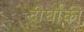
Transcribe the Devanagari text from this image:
दीर्घांकी